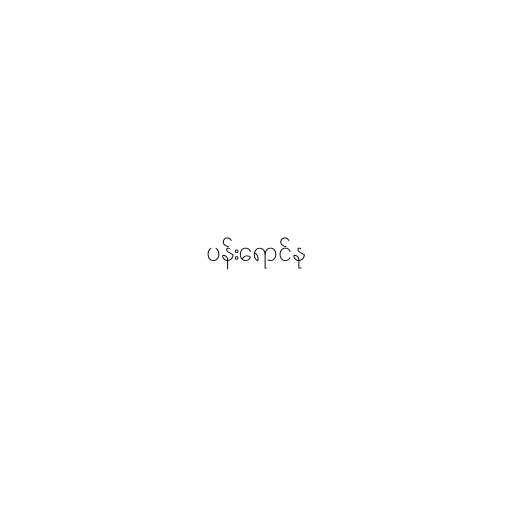
ပန်းရောင်နု